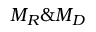
M _ { R } \& M _ { D }